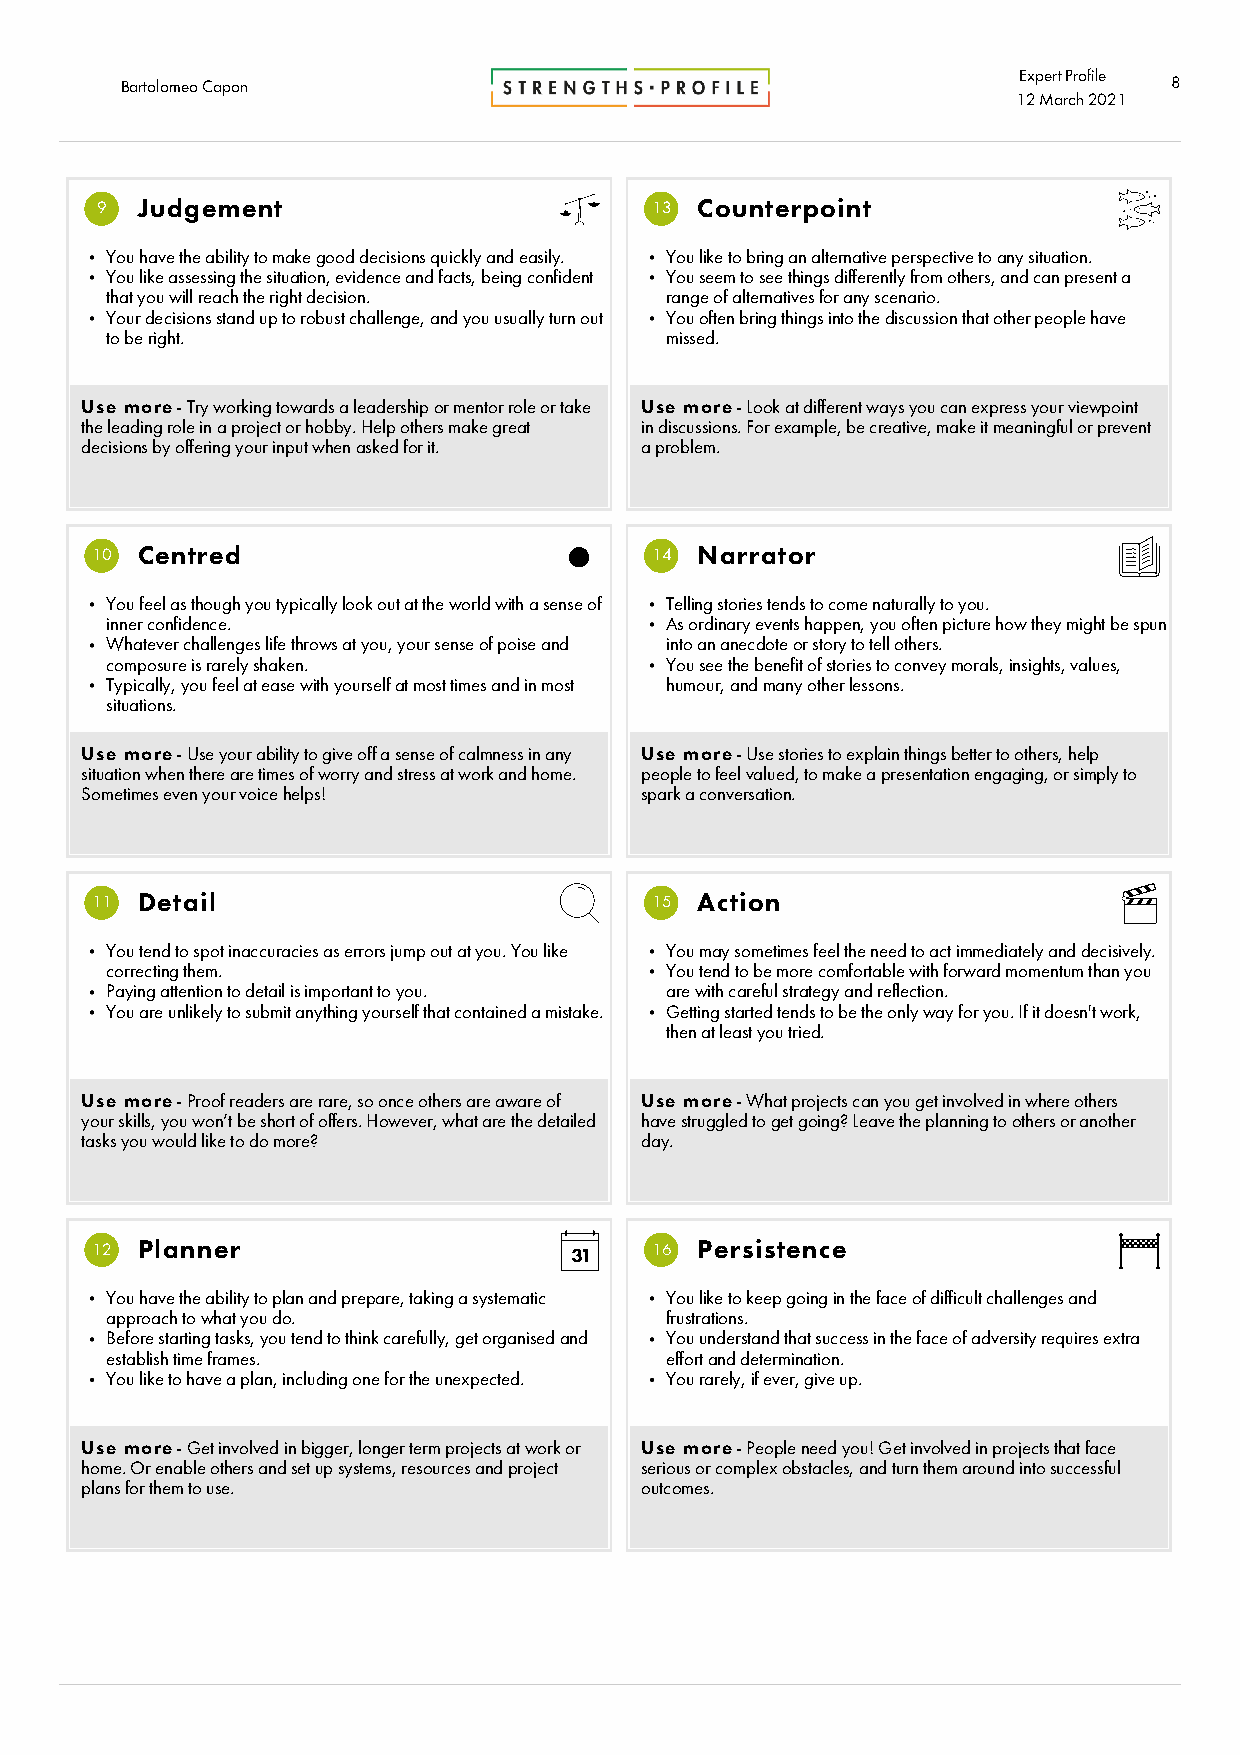
Expert Profile
 Barto lomeo Capon                                                    8
 12 Marc h2021
 9  Judgement                         13 Counterpoint
 You have the ability to make good decisions quickly and easily. You like to bring an alternative perspective to any situation.
 You like assessing the situation, evidence and facts, being confident You seem to see things differently from others, and can present a
 that you will reach the right decision. range of alternatives for any scenario.
 Your decisions stand up to robust challenge, and you usually turn out You often bring things into the discussion that other people have
 to be right.                         missed.
 Use more - Try working towards a leadership or mentor role or take Use more - Look at different ways you can express your viewpoint
 the leading role in a project or hobby. Help others make great in discussions. For example, be creative, make it meaningful or prevent
 decisions by offering your input when asked for it. a problem.
 10 Centred                           14 Narrator
 You feel as though you typically look out at the world with a sense of Telling stories tends to come naturally to you.
 inner confidence.                    As ordinary events happen, you often picture how they might be spun
 Whatever challenges life throws at you, your sense of poise and into an anecdote or story to tell others.
 composure is rarely shaken.          You see the benefit of stories to convey morals, insights, values,
 Typically, you feel at ease with yourself at most times and in most humour, and many other lessons.
 situations.
 Use more - Use your ability to give off a sense of calmness in any Use more - Use stories to explain things better to others, help
 situation when there are times of worry and stress at work and home. people to feel valued, to make a presentation engaging, or simply to
 Sometimes even your voice helps!     spark a conversation.
 11 Detail                            15 Action
 You tend to spot inaccuracies as errors jump out at you. You like You may sometimes feel the need to act immediately and decisively.
 correcting them.                     You tend to be more comfortable with forward momentum than you
 Paying attention to detail is important to you. are with careful strategy and reflection.
 You are unlikely to submit anything yourself that contained a mistake. Getting started tends to be the only way for you. If it doesn't work,
 then at least you tried.
 Use more - Proof readers are rare, so once others are aware of Use more - What projects can you get involved in where others
 your skills, you won’t be short of offers. However, what are the detailed have struggled to get going? Leave the planning to others or another
 tasks you would like to do more?     day.
 12 Planner                           16 Persistence
 You have the ability to plan and prepare, taking a systematic You like to keep going in the face of difficult challenges and
 approach to what you do.             frustrations.
 Before starting tasks, you tend to think carefully, get organised and You understand that success in the face of adversity requires extra
 establish time frames.               effort and determination.
 You like to have a plan, including one for the unexpected. You rarely, if ever, give up.
 Use more - Get involved in bigger, longer term projects at work or Use more - People need you! Get involved in projects that face
 home. Or enable others and set up systems, resources and project serious or complex obstacles, and turn them around into successful
 plans for them to use.               outcomes.